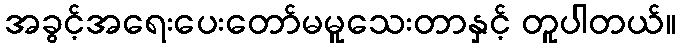
အခွင့်အရေးပေးတော်မမူသေးတာနှင့် တူပါတယ်။